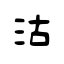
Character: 沽